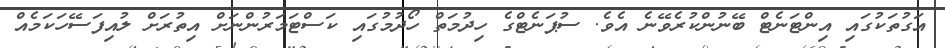
އަގުތަކުގައި އިންޓަނެޓް ބޭނުންކުރެވޭނެ އެވެ. ސުޕަނެޓްގެ ހިދުމަތް ހޯދުމުގައި ކަސްޓަމަރުންނަށް އިތުރަށް ލުއިފަސޭހަކަމެއް